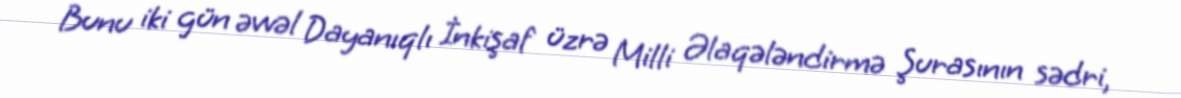
Bunu iki gün əvvəl Dayanıqlı İnkişaf üzrə Milli Əlaqələndirmə Şurasının sədri,